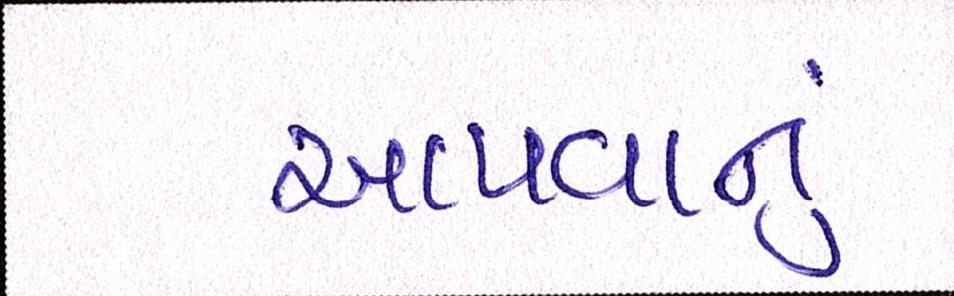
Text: આપવાનું